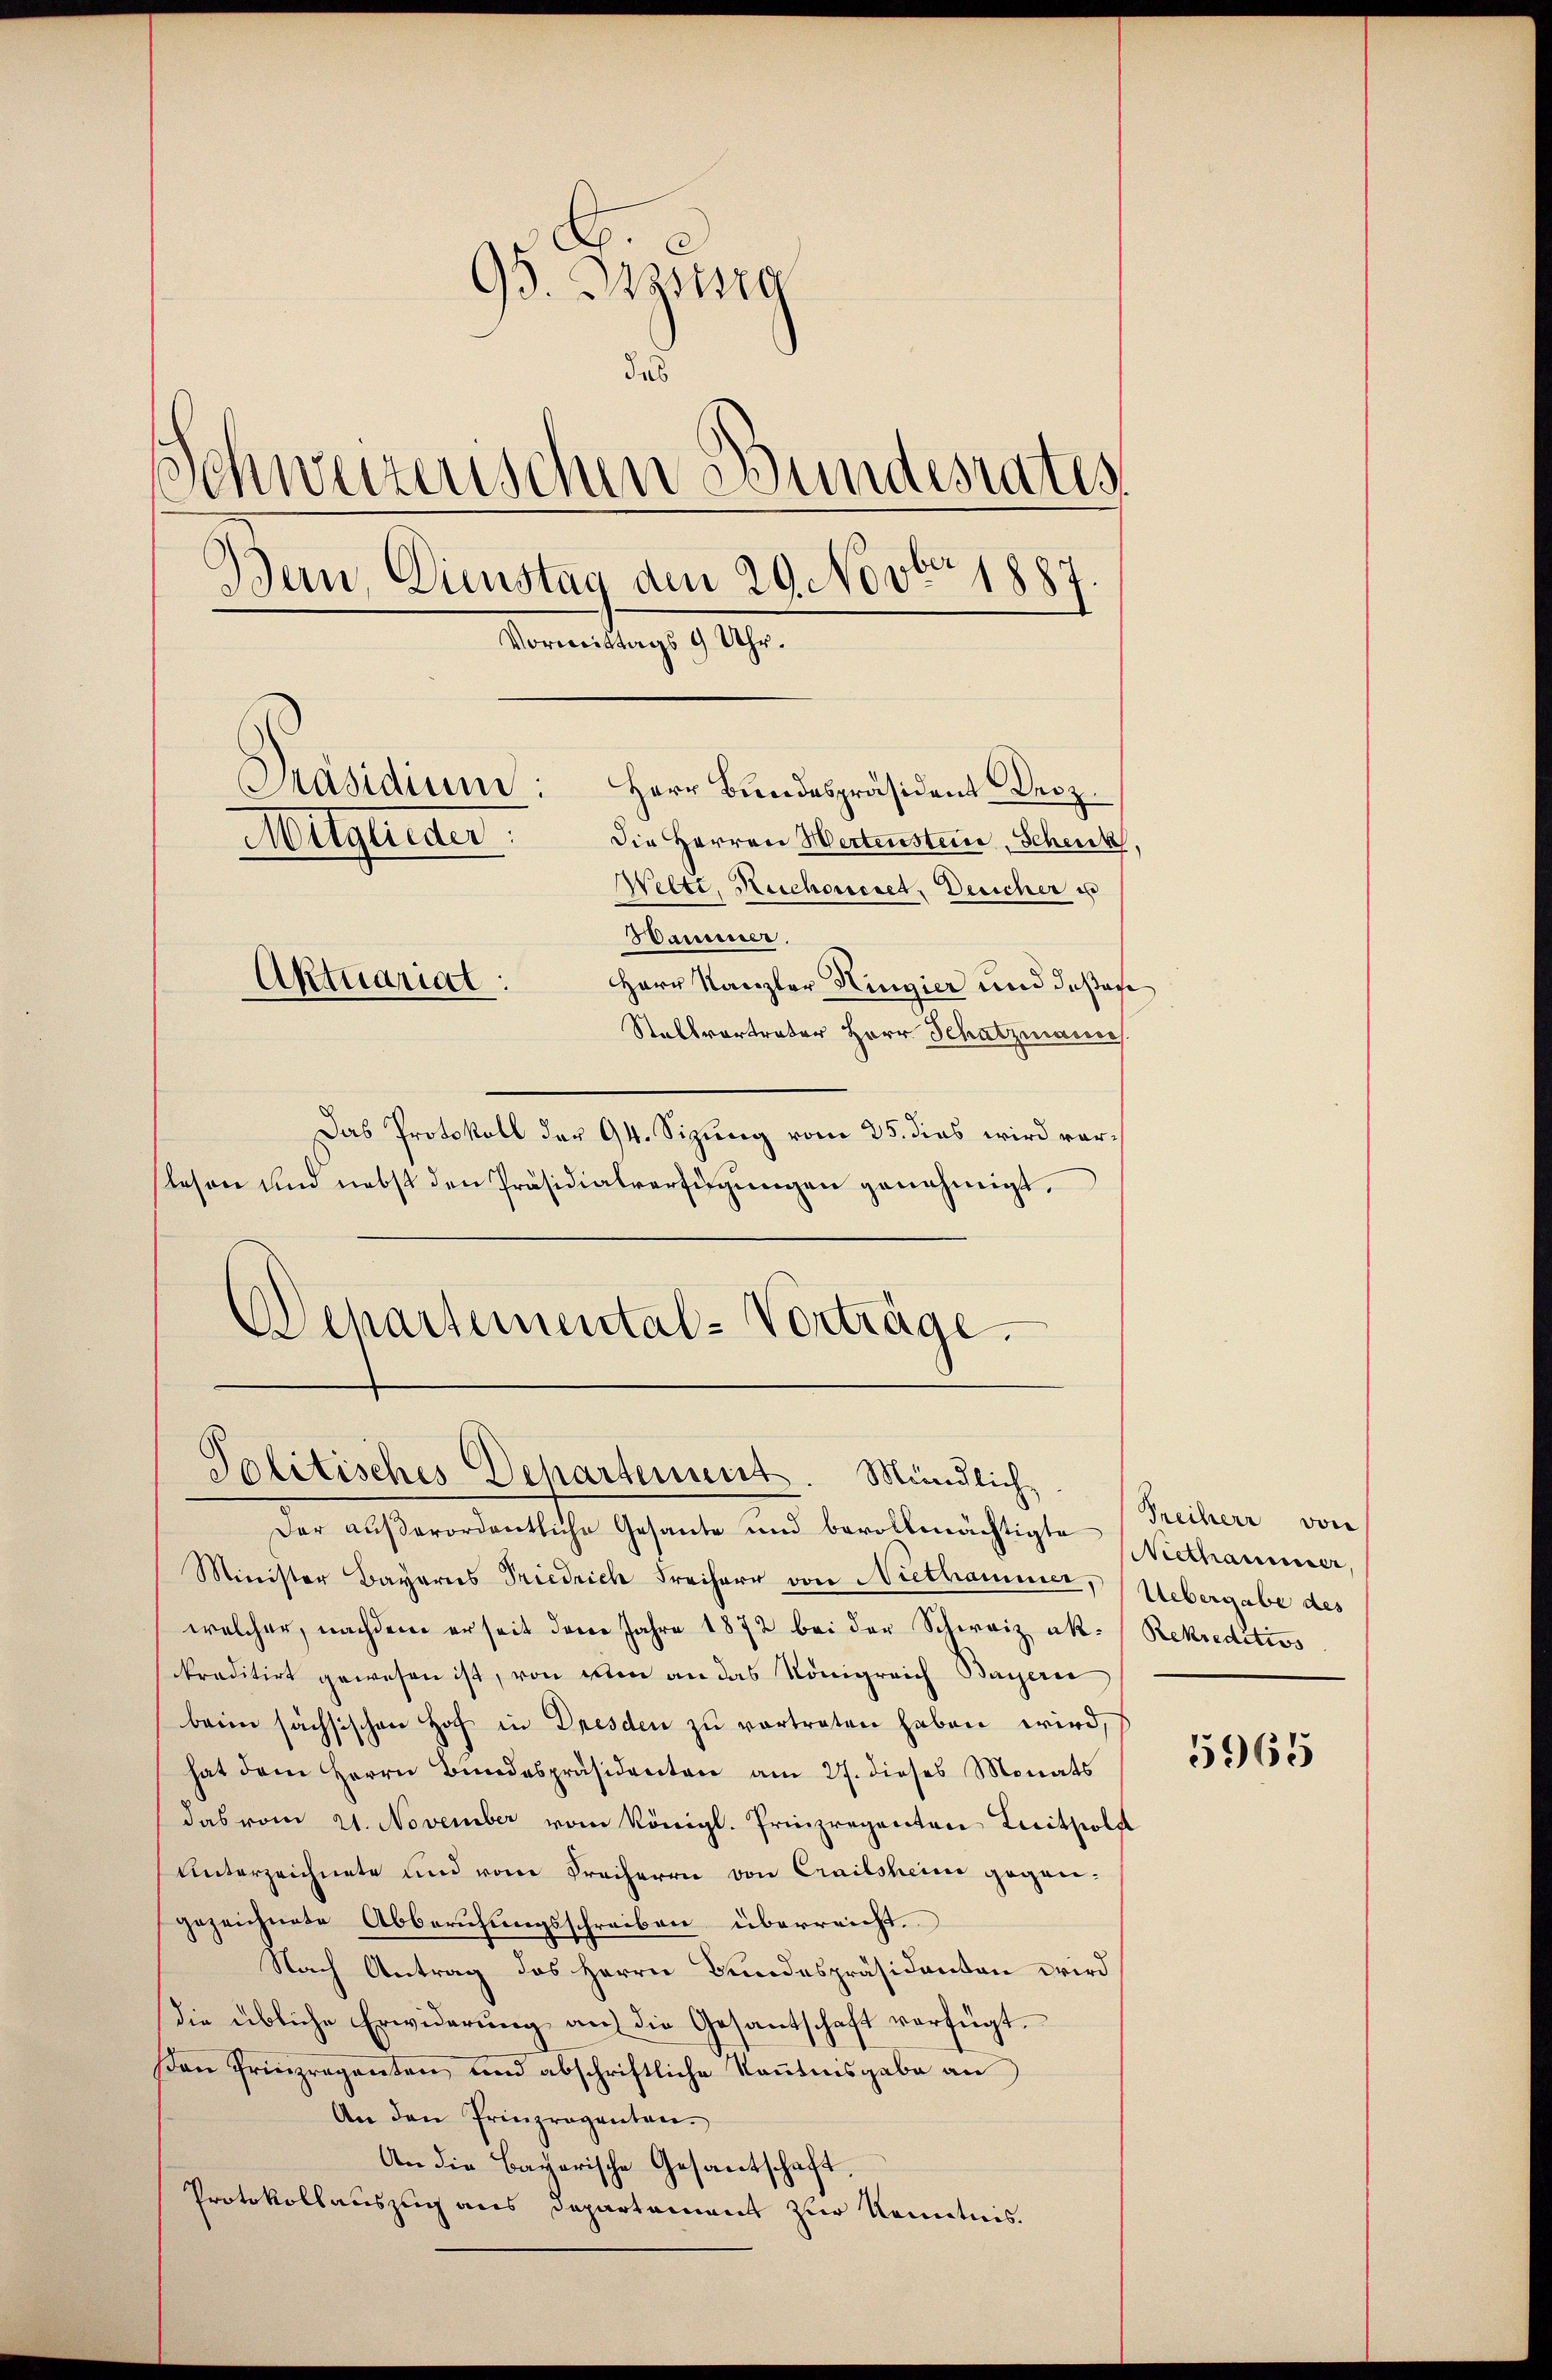
95. Beystra
das
Schweizerischen Bundesrates
Bern, Dienstag den 29. Novbr 1887.
Vormittags 9 Uhr.
Präsidium: Herr Bundespräsident Droz.
Allgemer
Die Herren Wertenstein, Schenk,
Welti, Ruchousset. Deucher u
Hammer.

Herr Kanzler Hingier und desse
Stallvortreter Herr Schatzmannes
Das Protokoll der 94. Sizung vom 25. dies wird vorslesen und nebst den Präsidialverfügungen genehmigt.
Der außerordentliche Gesante und bevollmächtigte Niethaner
Minister Bayerns Friedrich Freiherr von Niethammer, Uebergabe des
welcher, nachdem er seit deren Jahre 1872 bei der Schweiz ak. (Rekreditivs
kreditirt gewesen ist, von den an das Königreich Bayeri
beim sächsischen Hoff in Dresden zu vortreten haben wird,
hat dem Herrn Bundespräsidenten am 27. dieses Monats
das vom 21. November vom Königl. Prinzregenton Leithold
Unterzeichnete und vom Freiherrn von Crailsheim gegen-
gezeichnete Abberufungsschreiben überreicht.
Nach Antrag des Herrn Bundespräsidanten wird
die übliche Erwiderung an die Gesantschaft verfügt.
sen Prinzreganten und abschriftliche kaṅtnisgabe an
An den Prinzroganten.
An die Bayerische Gesantschaft.
Protokollauszug aus Departament zur Kenntnis.

Aktuariat:

Departemental-Vorträge.
Politisches Departement. Mündlich

Freiherr von

5965